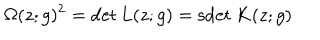
\Omega ( z ; g ) ^ { 2 } = \det L ( z ; g ) = \mathrm { s d e t } \: K ( z ; g )